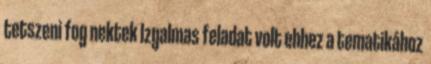
tetszeni fog nektek Izgalmas feladat volt ehhez a tematikához